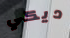
ديكي